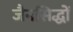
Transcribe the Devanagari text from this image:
जैनसिद्धों